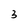
Character: 3